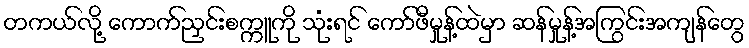
တကယ်လို့ ကောက်ညှင်းစက္ကူကို သုံးရင် ကော်ဖီမှုန့်ထဲမှာ ဆန်မှုန့်အကြွင်းအကျန်တွေ